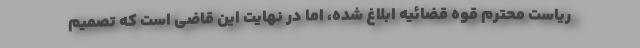
ریاست محترم قوه قضائیه ابلاغ شده، اما در نهایت این قاضی است که تصمیم